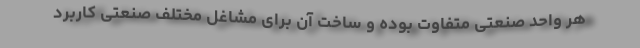
هر واحد صنعتی متفاوت بوده و ساخت آن برای مشاغل مختلف صنعتی کاربرد